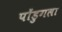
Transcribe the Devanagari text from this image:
पोंडुगला